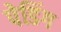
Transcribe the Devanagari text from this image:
पेडिंग